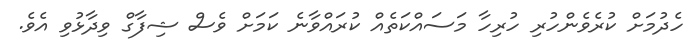
ހެދުމަށް ކުރެވެންހުރި ހުރިހާ މަސައްކަތެއް ކުރައްވާނެ ކަމަށް ވެސް ޝިފާގް ވިދާޅުވި އެވެ.